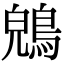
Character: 𪁤